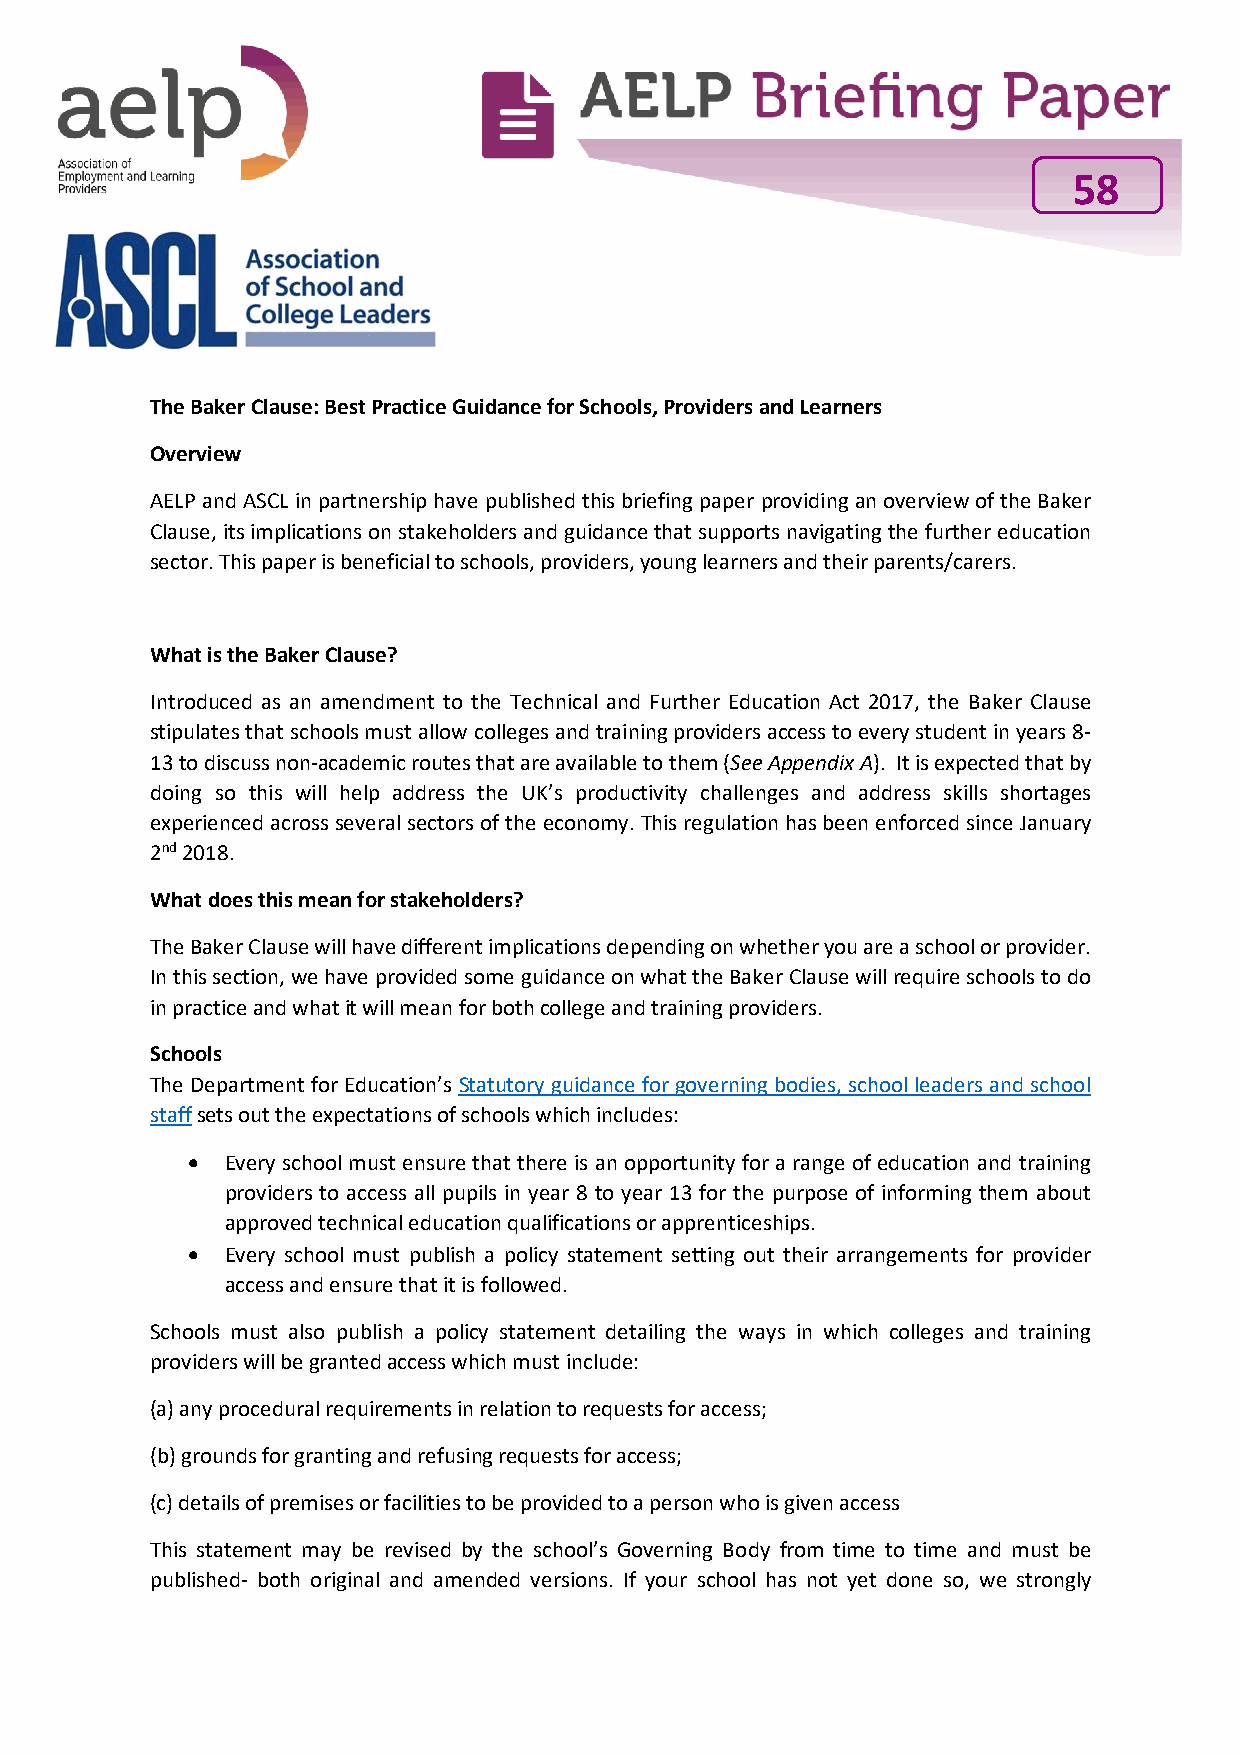
58
 The Baker Clause: Best Practice Guidance for Schools, Providers and Learners
 Overview
 AELP and ASCL in partnership have published this briefing paper providing an overview of the Baker
 Clause, its implications on stakeholders and guidance that supports navigating the further education
 sector. This paper is beneficial to schools, providers, young learners and their parents/carers.
 What is the Baker Clause?
 Introduced as an amendment to the Technical and Further Education Act 2017, the Baker Clause
 stipulates that schools must allow colleges and training providers access to every student in years 8-
 13 to discuss non-academic routes that are available to them (See Appendix A). It is expected that by
 doing so this will help address the UK’s productivity challenges and address skills shortages
 experienced across several sectors of the economy. This regulation has been enforced since January
 2nd 2018.
 What does this mean for stakeholders?
 The Baker Clause will have different implications depending on whether you are a school or provider.
 In this section, we have provided some guidance on what the Baker Clause will require schools to do
 in practice and what it will mean for both college and training providers.
 Schools
 The Department for Education’s Statutory guidance for governing bodies, school leaders and school
 staff sets out the expectations of schools which includes:
 •  Every school must ensure that there is an opportunity for a range of education and training
 providers to access all pupils in year 8 to year 13 for the purpose of informing them about
 approved technical education qualifications or apprenticeships.
 •  Every school must publish a policy statement setting out their arrangements for provider
 access and ensure that it is followed.
 Schools must also publish a policy statement detailing the ways in which colleges and training
 providers will be granted access which must include:
 (a) any procedural requirements in relation to requests for access;
 (b) grounds for granting and refusing requests for access;
 (c) details of premises or facilities to be provided to a person who is given access
 This statement may be revised by the school’s Governing Body from time to time and must be
 published- both original and amended versions. If your school has not yet done so, we strongly